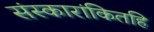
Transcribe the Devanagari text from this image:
संस्कारांकितहि